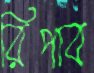
রিপাব